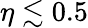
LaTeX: \eta\lesssim 0.5